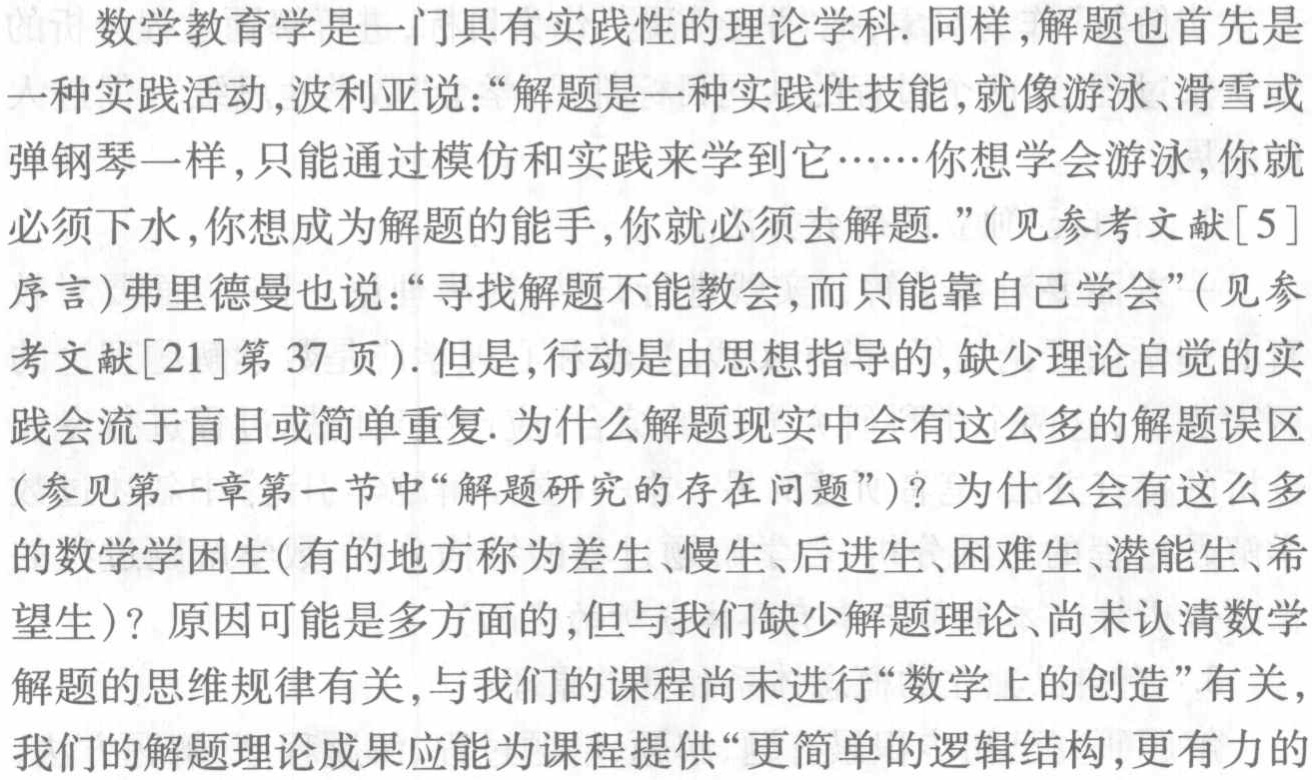
数学教育学是一门具有实践性的理论学科. 同样,解题也首先是

一种实践活动,波利亚说：“解题是一种实践性技能,就像游泳、滑雪或

弹钢琴一样,只能通过模仿和实践来学到它……你想学会游泳,你就

必须下水,你想成为解题的能手,你就必须去解题.”(见参考文献[5]

序言)弗里德曼也说：“寻找解题不能教会,而只能靠自己学会”(见参

考文献[21]第 37 页). 但是,行动是由思想指导的,缺少理论自觉的实

践会流于盲目或简单重复. 为什么解题现实中会有这么多的解题误区

(参见第一章第一节中“解题研究的存在问题”)? 为什么会有这么多

的数学学困生(有的地方称为差生、慢生、后进生、困难生、潜能生、希

望生)? 原因可能是多方面的,但与我们缺少解题理论、尚未认清数学

解题的思维规律有关,与我们的课程尚未进行“数学上的创造”有关,

我们的解题理论成果应能为课程提供“更简单的逻辑结构,更有力的